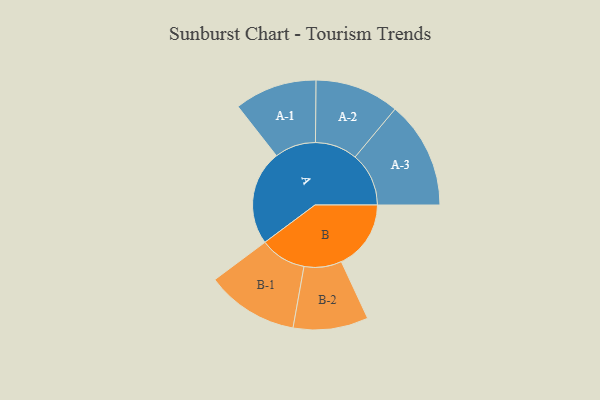
{"axis": {"x": "Segment", "y": "Value"}, "legend": ["", "A", "B"], "data": [{"x": "A", "y": 470, "type": ""}, {"x": "B", "y": 345, "type": ""}, {"x": "A-1", "y": 204, "type": "A"}, {"x": "A-2", "y": 209, "type": "A"}, {"x": "A-3", "y": 266, "type": "A"}, {"x": "B-1", "y": 229, "type": "B"}, {"x": "B-2", "y": 186, "type": "B"}]}